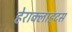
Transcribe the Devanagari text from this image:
हेराक्लाहटस